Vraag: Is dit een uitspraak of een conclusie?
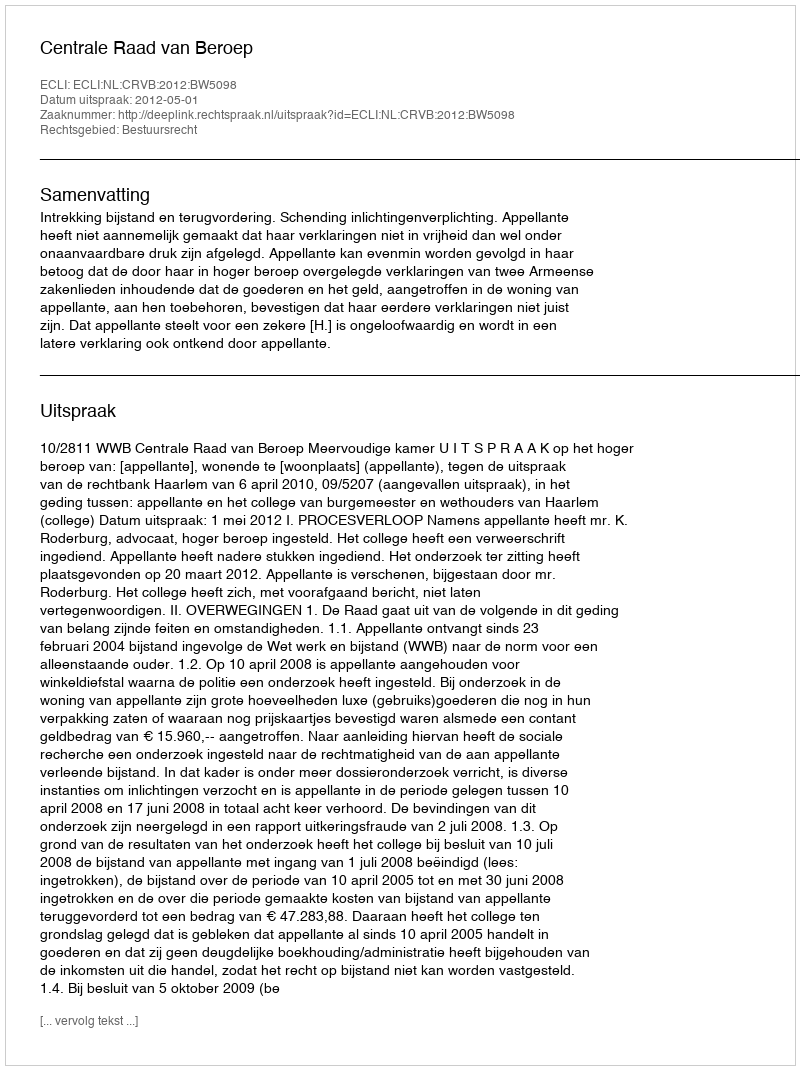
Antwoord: Uitspraak